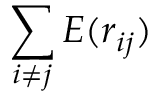
\sum _ { i \not = j } E ( r _ { i j } )